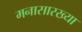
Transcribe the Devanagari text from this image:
मनासारख्या